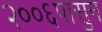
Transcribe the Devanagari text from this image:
२००६पासुन